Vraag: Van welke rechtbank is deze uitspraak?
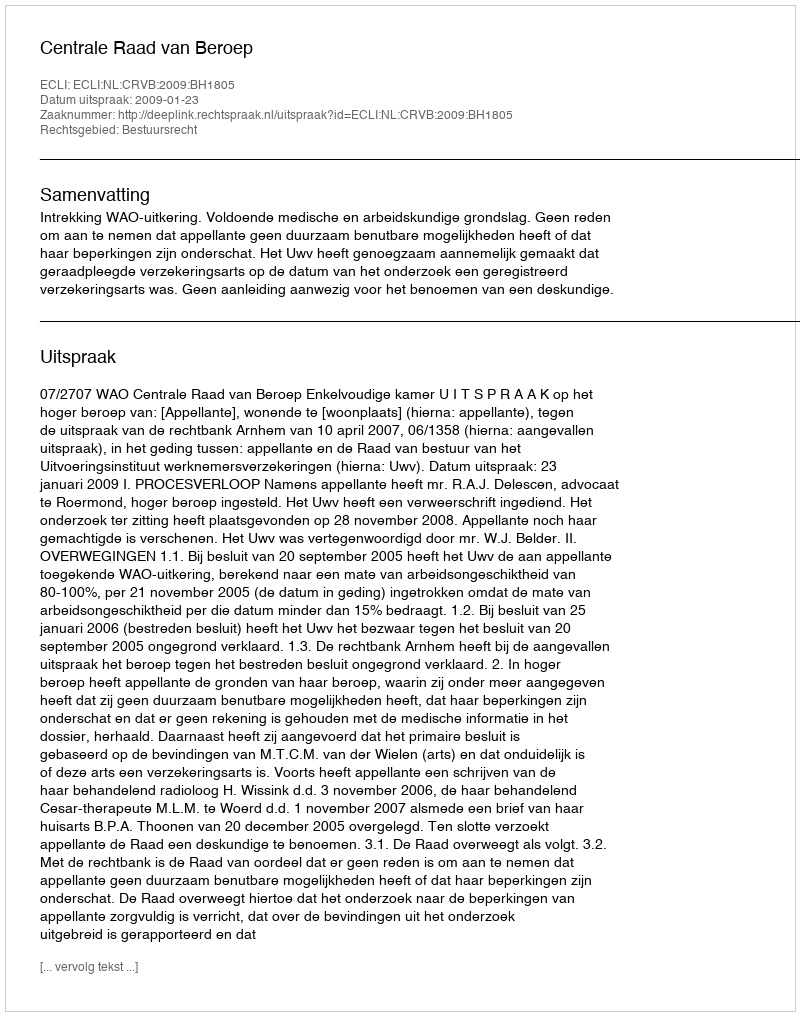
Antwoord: Centrale Raad van Beroep